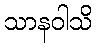
သာနဝါသိ